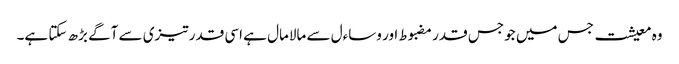
وہ معیشت جس میں جو جس قدر مضبوط اور وساءل سے مالامال ہے اسی قدر تیزی سے آگے بڑھ سکتا ہے۔